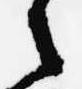
之